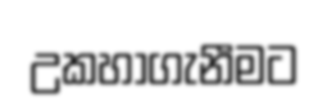
උකහාගැනීමට